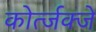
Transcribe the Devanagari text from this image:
कोर्त्जक्जे